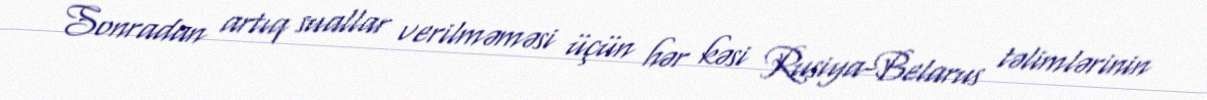
Sonradan artıq suallar verilməməsi üçün hər kəsi Rusiya-Belarus təlimlərinin